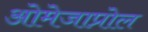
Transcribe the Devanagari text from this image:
ओमेजाप्रोल